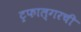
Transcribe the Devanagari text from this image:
ट्रफाल्गरची